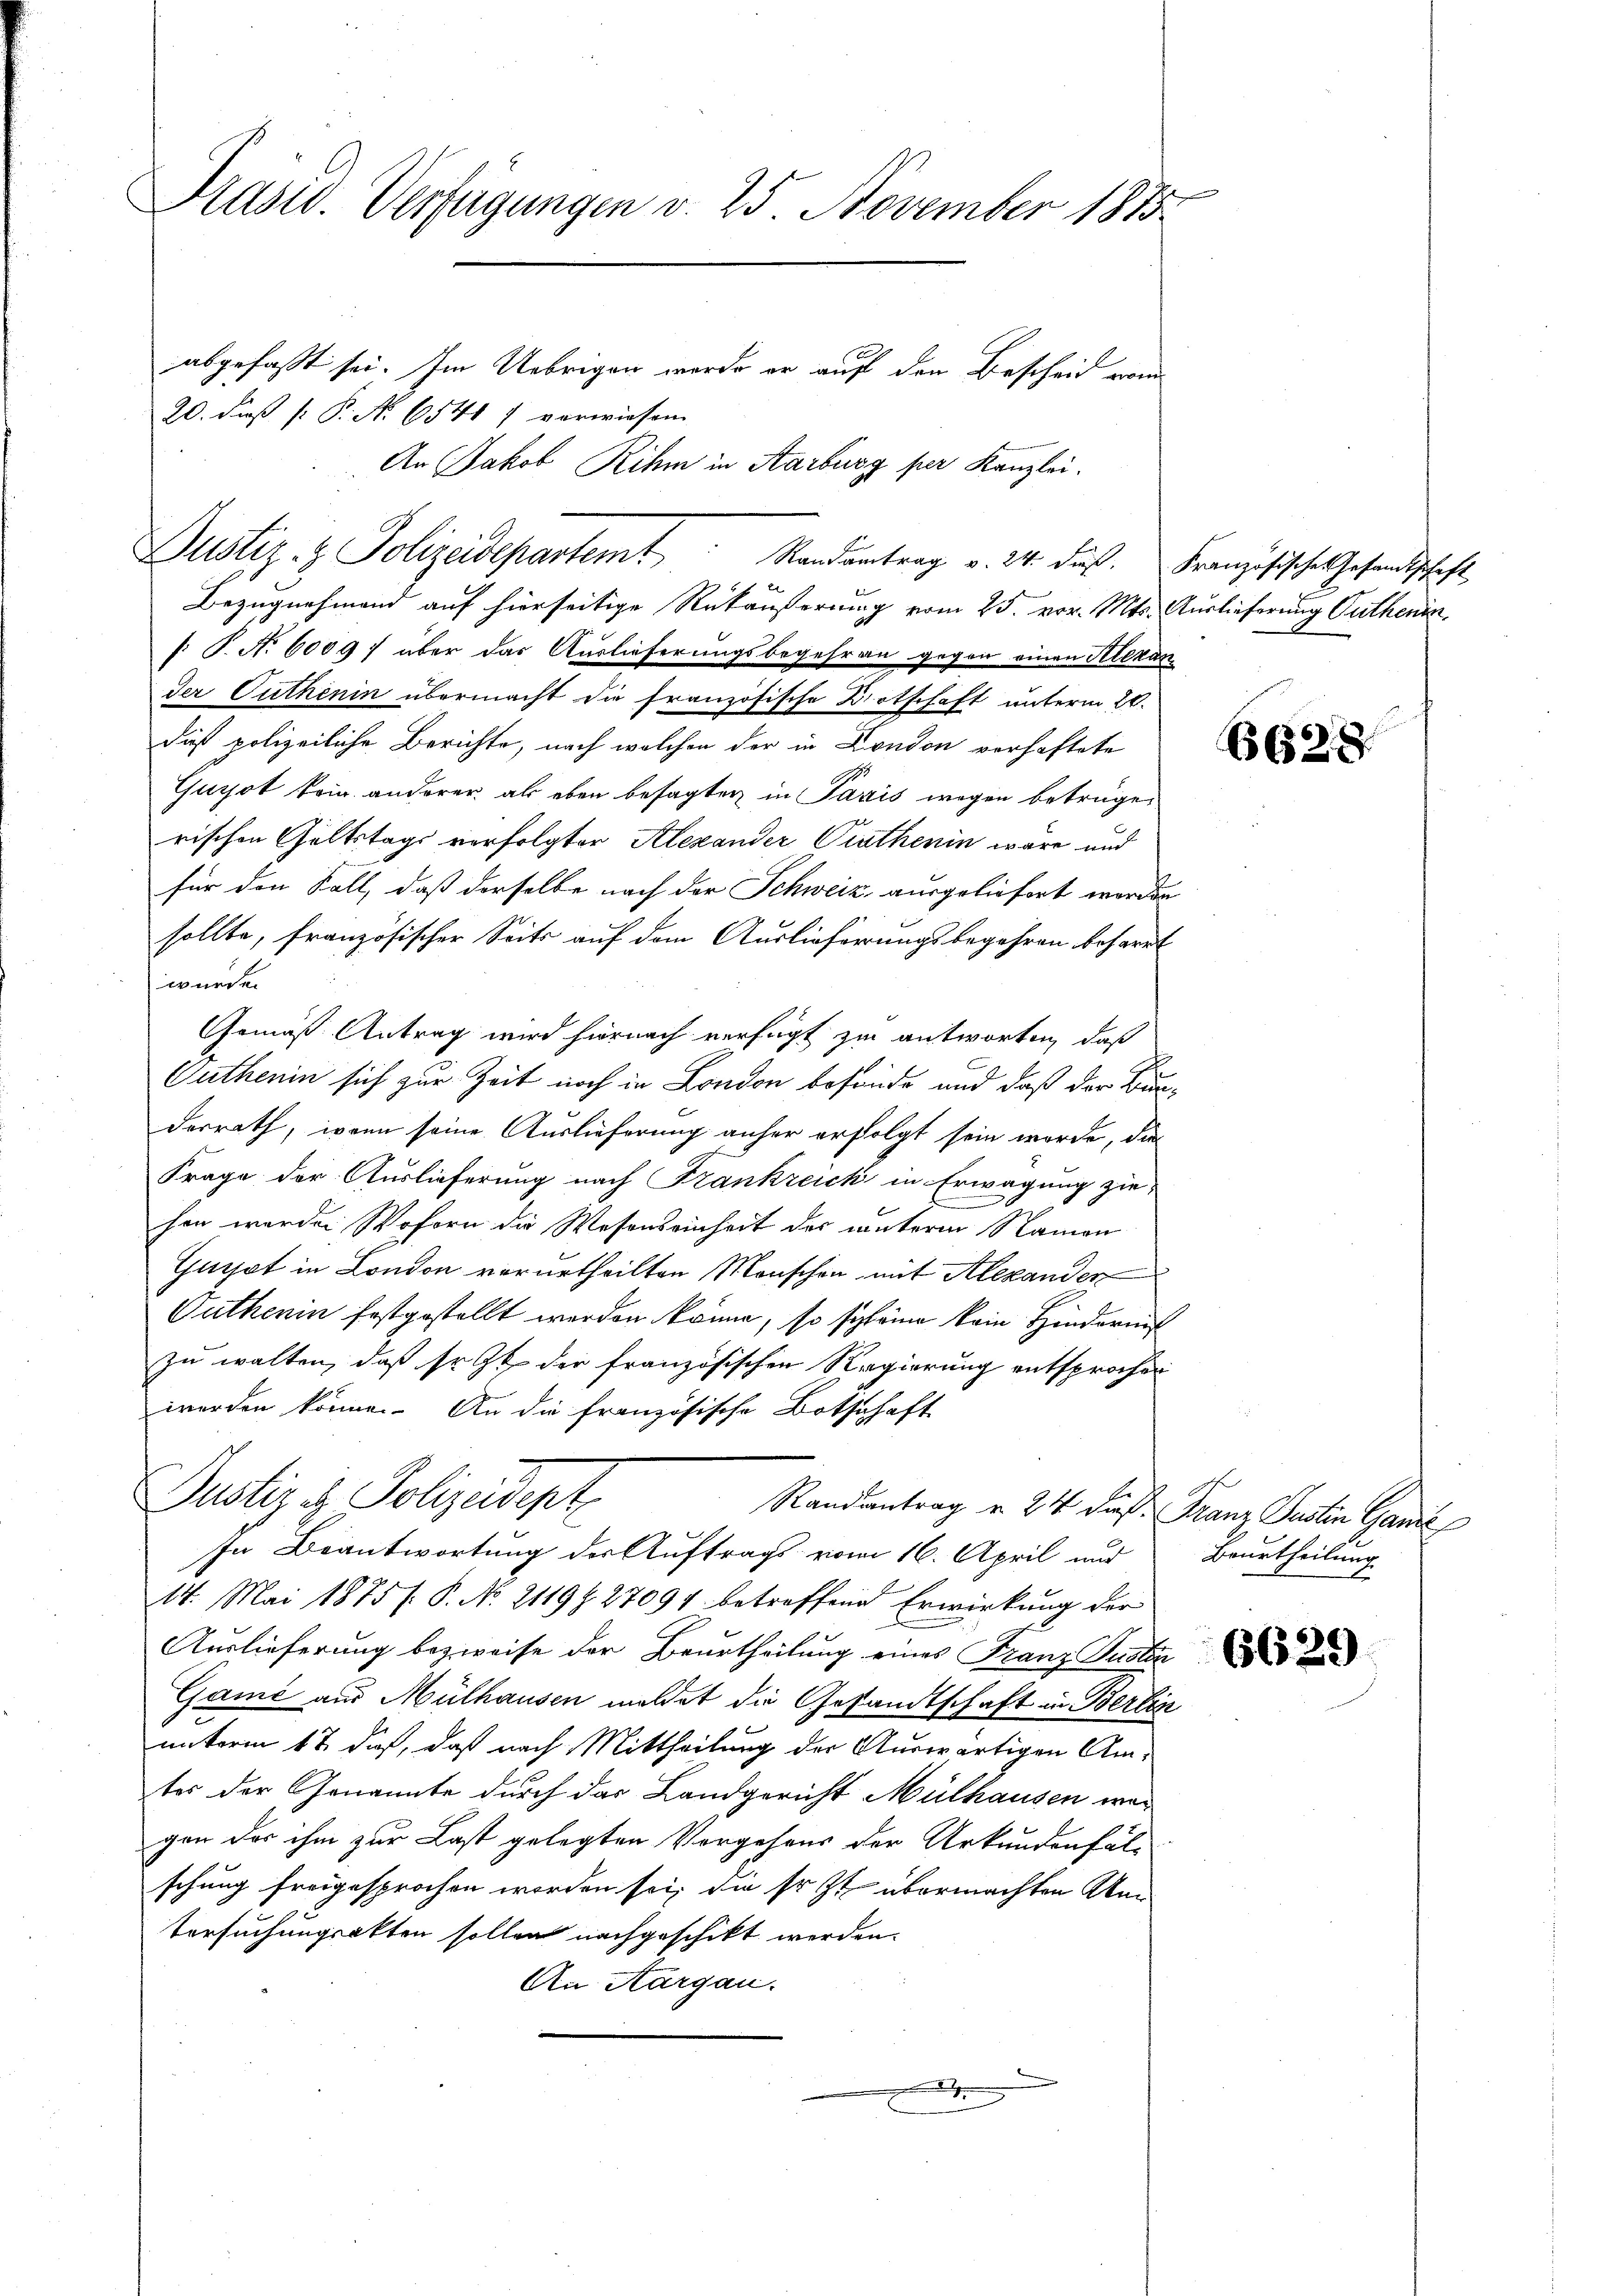
Präsid. Verfügungen v. 25. November 1885
abgefaßt sei. Im Uebrigen werde er auf den Bescheid vom
20. dieß [ P. No 6541 7 verwiesen.
An Jakob Rihm in Aarburg per Kanzlei.

Justiz- & Polizeidepartemt Randantrag v. 24. dieß. Französisches Gesandtschaft
Bezugnehmend auf hierseitige Rückäußerung vom 25. vor. Mts. Auslieferung Guthenin,
[: P. No 6009f über das Auslieferungsbegehran gegen einen Alexan
Der Guthenin übermacht die französische Brotschaft unterm 26.
daß polizeiliche Berichte, nach welchen der in London verhaftete
Guyot kein anderer als eben besagten in Paris wegen betrügerischen Geltstags verfolgter Alexander Prathenin wäre und
für den Fall, daß derselbe nach der Schweiz ausgeliefert worden
sollte, französischer Seits auf dem Auslieferungsbegehren beharrt
wurde.
Gemäß Antrag wird hiernach verfügt zu antworten, daß
Gutherin sich zur Zeit noch in London befunde und daß der Bunderrath, wenn seine Auslieferung anher erfolgt sein werde, die
Frage der Auslieferung nach Frankreich in Erwägung ziehen werden Wofern die Wesenseinheit des unterm Namen
Gurst in London verurtheilten Menschen mit Alexander
Putherin festgestellt werden könne, so sich eine kein Hindernit
zu walten, daß soit der französischen Regierung entsprochen
werden könne. An die französische Botschaft
Justiz & Polizeidept
Randantrag v. 24 dieß. Franz Justin Ganze
In Beantwortung der Auftrags vom 16. April und
14. Mai 1875 /: P. No. 2119427094 betreffend Erwirkung der
Auslieferung bezweife der Beurtheilung eines Franz Pusten
Game aus Mülhausen meldet die Gesandtschaft in Berlin
unterm 12. daß, daß nach Mittheilung der Auswärtigen Amter der Genannte durch das Landgericht Mülhausen war
gen des ihm zur Last gelegten Vorgehens der Urkundenfäl-
schung freigesprochen worden sei, die Er zt übermachten Aka¬
Versuchungsakten sollen nachgeschikt werden.
An Aargau.

662

Beurtheilung

6629